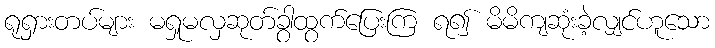
ရုရှားတပ်များ မရှုမလှဆုတ်ခွာထွက်ပြေးကြ ရ၍ မိမိကျဆုံးခဲ့လျှင်ဟူသော